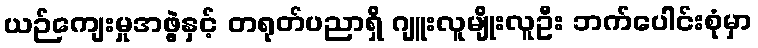
ယဉ်ကျေးမှုအဖွဲ့နှင့် တရုတ်ပညာရှိ ဂျူးလူမျိုးလူဦး ဘက်ပေါင်းစုံမှာ